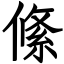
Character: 絛